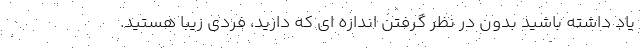
یاد داشته باشید بدون در نظر گرفتن اندازه ای که دارید، فردی زیبا هستید.